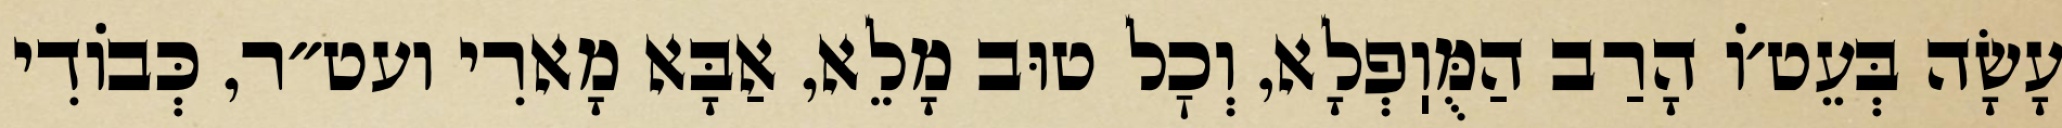
עָשָׂה בְּעֵט׳וֹ הָרַב הַמֻּוֽפְלָא, וְכׇל טוּב מָלֵא, אַבָּא מָארִי ועט״ר, כְּבוֹדִי